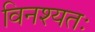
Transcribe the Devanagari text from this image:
विनश्यतः